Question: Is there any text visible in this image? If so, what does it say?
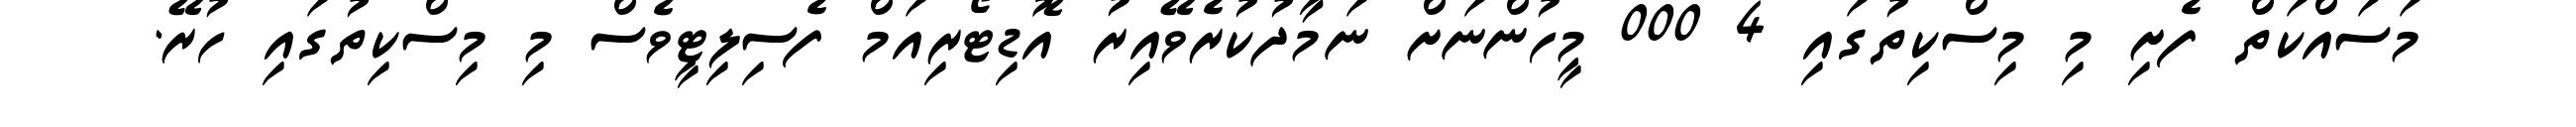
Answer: މަސައްކަތް ފެށި މި މިސްކިތުގައި 4 000 މީހުންނަށް ނަމާދުކުރެވޭއިރު އޮޑިޓޯރިއަމް ފެސިލިޓީވެސް މި މިސްކިތުގައި ހުރޭ.